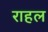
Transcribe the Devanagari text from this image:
राहल